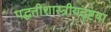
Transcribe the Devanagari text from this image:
पद्धतीशास्त्रीयदृष्टया